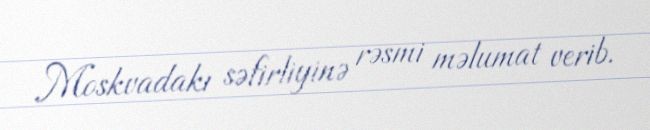
Moskvadakı səfirliyinə rəsmi məlumat verib.